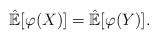
LaTeX: \begin{align*}\mathbb{\hat{E}}[\varphi(X)]=\mathbb{\hat{E}}[\varphi(Y)].\end{align*}